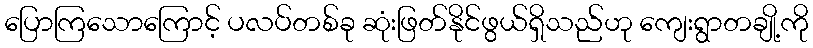
ပြောကြသောကြောင့် ပလပ်တစ်ခု ဆုံးဖြတ်နိုင်ဖွယ်ရှိသည်ဟု ကျေးရွာတချို့ကို